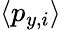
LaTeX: \langle p_{y,i}\rangle